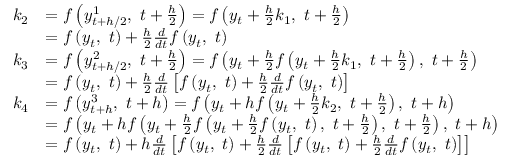
{ \begin{array} { r l } { k _ { 2 } } & { = f \left( y _ { t + h / 2 } ^ { 1 } , \ t + { \frac { h } { 2 } } \right) = f \left( y _ { t } + { \frac { h } { 2 } } k _ { 1 } , \ t + { \frac { h } { 2 } } \right) } \\ & { = f \left( y _ { t } , \ t \right) + { \frac { h } { 2 } } { \frac { d } { d t } } f \left( y _ { t } , \ t \right) } \\ { k _ { 3 } } & { = f \left( y _ { t + h / 2 } ^ { 2 } , \ t + { \frac { h } { 2 } } \right) = f \left( y _ { t } + { \frac { h } { 2 } } f \left( y _ { t } + { \frac { h } { 2 } } k _ { 1 } , \ t + { \frac { h } { 2 } } \right) , \ t + { \frac { h } { 2 } } \right) } \\ & { = f \left( y _ { t } , \ t \right) + { \frac { h } { 2 } } { \frac { d } { d t } } \left[ f \left( y _ { t } , \ t \right) + { \frac { h } { 2 } } { \frac { d } { d t } } f \left( y _ { t } , \ t \right) \right] } \\ { k _ { 4 } } & { = f \left( y _ { t + h } ^ { 3 } , \ t + h \right) = f \left( y _ { t } + h f \left( y _ { t } + { \frac { h } { 2 } } k _ { 2 } , \ t + { \frac { h } { 2 } } \right) , \ t + h \right) } \\ & { = f \left( y _ { t } + h f \left( y _ { t } + { \frac { h } { 2 } } f \left( y _ { t } + { \frac { h } { 2 } } f \left( y _ { t } , \ t \right) , \ t + { \frac { h } { 2 } } \right) , \ t + { \frac { h } { 2 } } \right) , \ t + h \right) } \\ & { = f \left( y _ { t } , \ t \right) + h { \frac { d } { d t } } \left[ f \left( y _ { t } , \ t \right) + { \frac { h } { 2 } } { \frac { d } { d t } } \left[ f \left( y _ { t } , \ t \right) + { \frac { h } { 2 } } { \frac { d } { d t } } f \left( y _ { t } , \ t \right) \right] \right] } \end{array} }